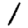
Digit: 1